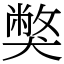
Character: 獘